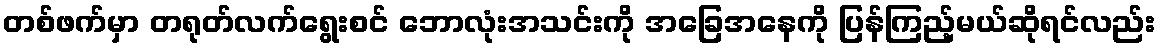
တစ်ဖက်မှာ တရုတ်လက်ရွေးစင် ဘောလုံးအသင်းကို အခြေအနေကို ပြန်ကြည့်မယ်ဆိုရင်လည်း